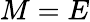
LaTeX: M=E